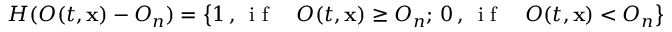
H ( O ( t , \mathbf { x } ) - O _ { n } ) = \left\{ 1 \, , \, \textup { i f \, \, } O ( t , \mathbf { x } ) \geq O _ { n } ; \, 0 \, , \, \textup { i f \, \, } O ( t , \mathbf { x } ) < O _ { n } \right\}